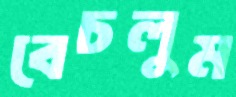
বেচলুম